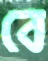
বে